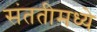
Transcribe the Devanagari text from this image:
संततीमध्ये